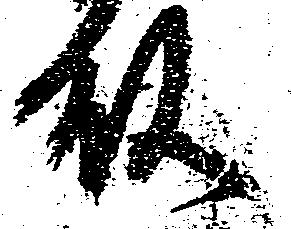
殿